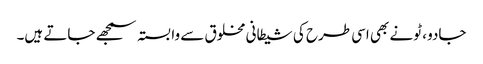
جادو ، ٹونے بھی اسی طرح کی شیطانی مخلوق سے وابستہ سمجھے جاتے ہیں۔